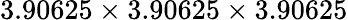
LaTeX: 3.90625\times 3.90625\times 3.90625